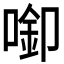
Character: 𱓵